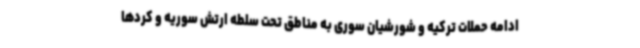
ادامه حملات ترکیه و شورشیان سوری به مناطق تحت سلطه ارتش سوریه و کردها